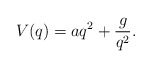
\begin{align*} V(q) = aq^2 + \frac{g}{q^2}.\end{align*}